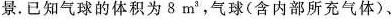
景. 已知气球的体积为8m^{3}，气球(含内部所充气体)、